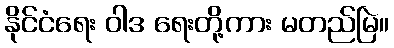
နိုင်ငံရေး ဝါဒ ရေးတို့ကား မတည်မြဲ။